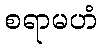
စရာမဟံ